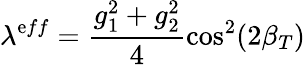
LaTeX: \lambda^{\mathrm{e}ff}=\frac{{g_{1}^{2}+g_{2}^{2}}}{{4}}\cos^{2}(2\beta_{T})